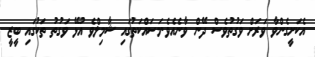
އެކަށީގެންވާ ވަރަށް ވަގުތުވެސް ދޭން ވާނެއެވެ.މަސައްކަތުގައި ޝާމިލްވެ އުޅޭ ވަގުތު ތަކުގައި ބީޒީ